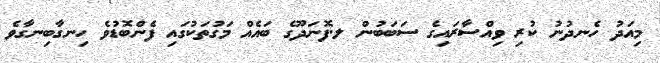
މިއަދު ހެނދުނު ކުރި ވިއްސާރައިގެ ސަބަބުން ލ.ފޮނަދޫގެ ބައެއް މަގުތަކުގައި ފެންބޮޑުވެ ހިނގާބިނގާވެ